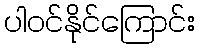
ပါဝင်နိုင်ကြောင်း